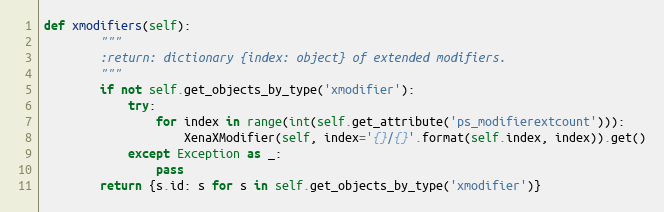
Language: Python
def xmodifiers(self):
        """
        :return: dictionary {index: object} of extended modifiers.
        """
        if not self.get_objects_by_type('xmodifier'):
            try:
                for index in range(int(self.get_attribute('ps_modifierextcount'))):
                    XenaXModifier(self, index='{}/{}'.format(self.index, index)).get()
            except Exception as _:
                pass
        return {s.id: s for s in self.get_objects_by_type('xmodifier')}